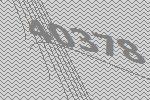
40378